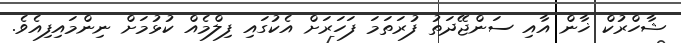
ޝާހްރުކް ޚާން އާއި ސަންޖޭދަތު ފުރަތަމަ ފަހަރަށް އެކުގައި ފިލްމެއް ކުޅުމަށް ނިންމައިިފިއެވެ.